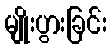
မျိုးပွားခြင်း